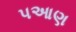
પઆણ